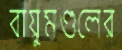
বায়ুমণ্ডলের